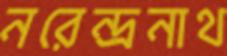
নরেন্দ্রনাথ